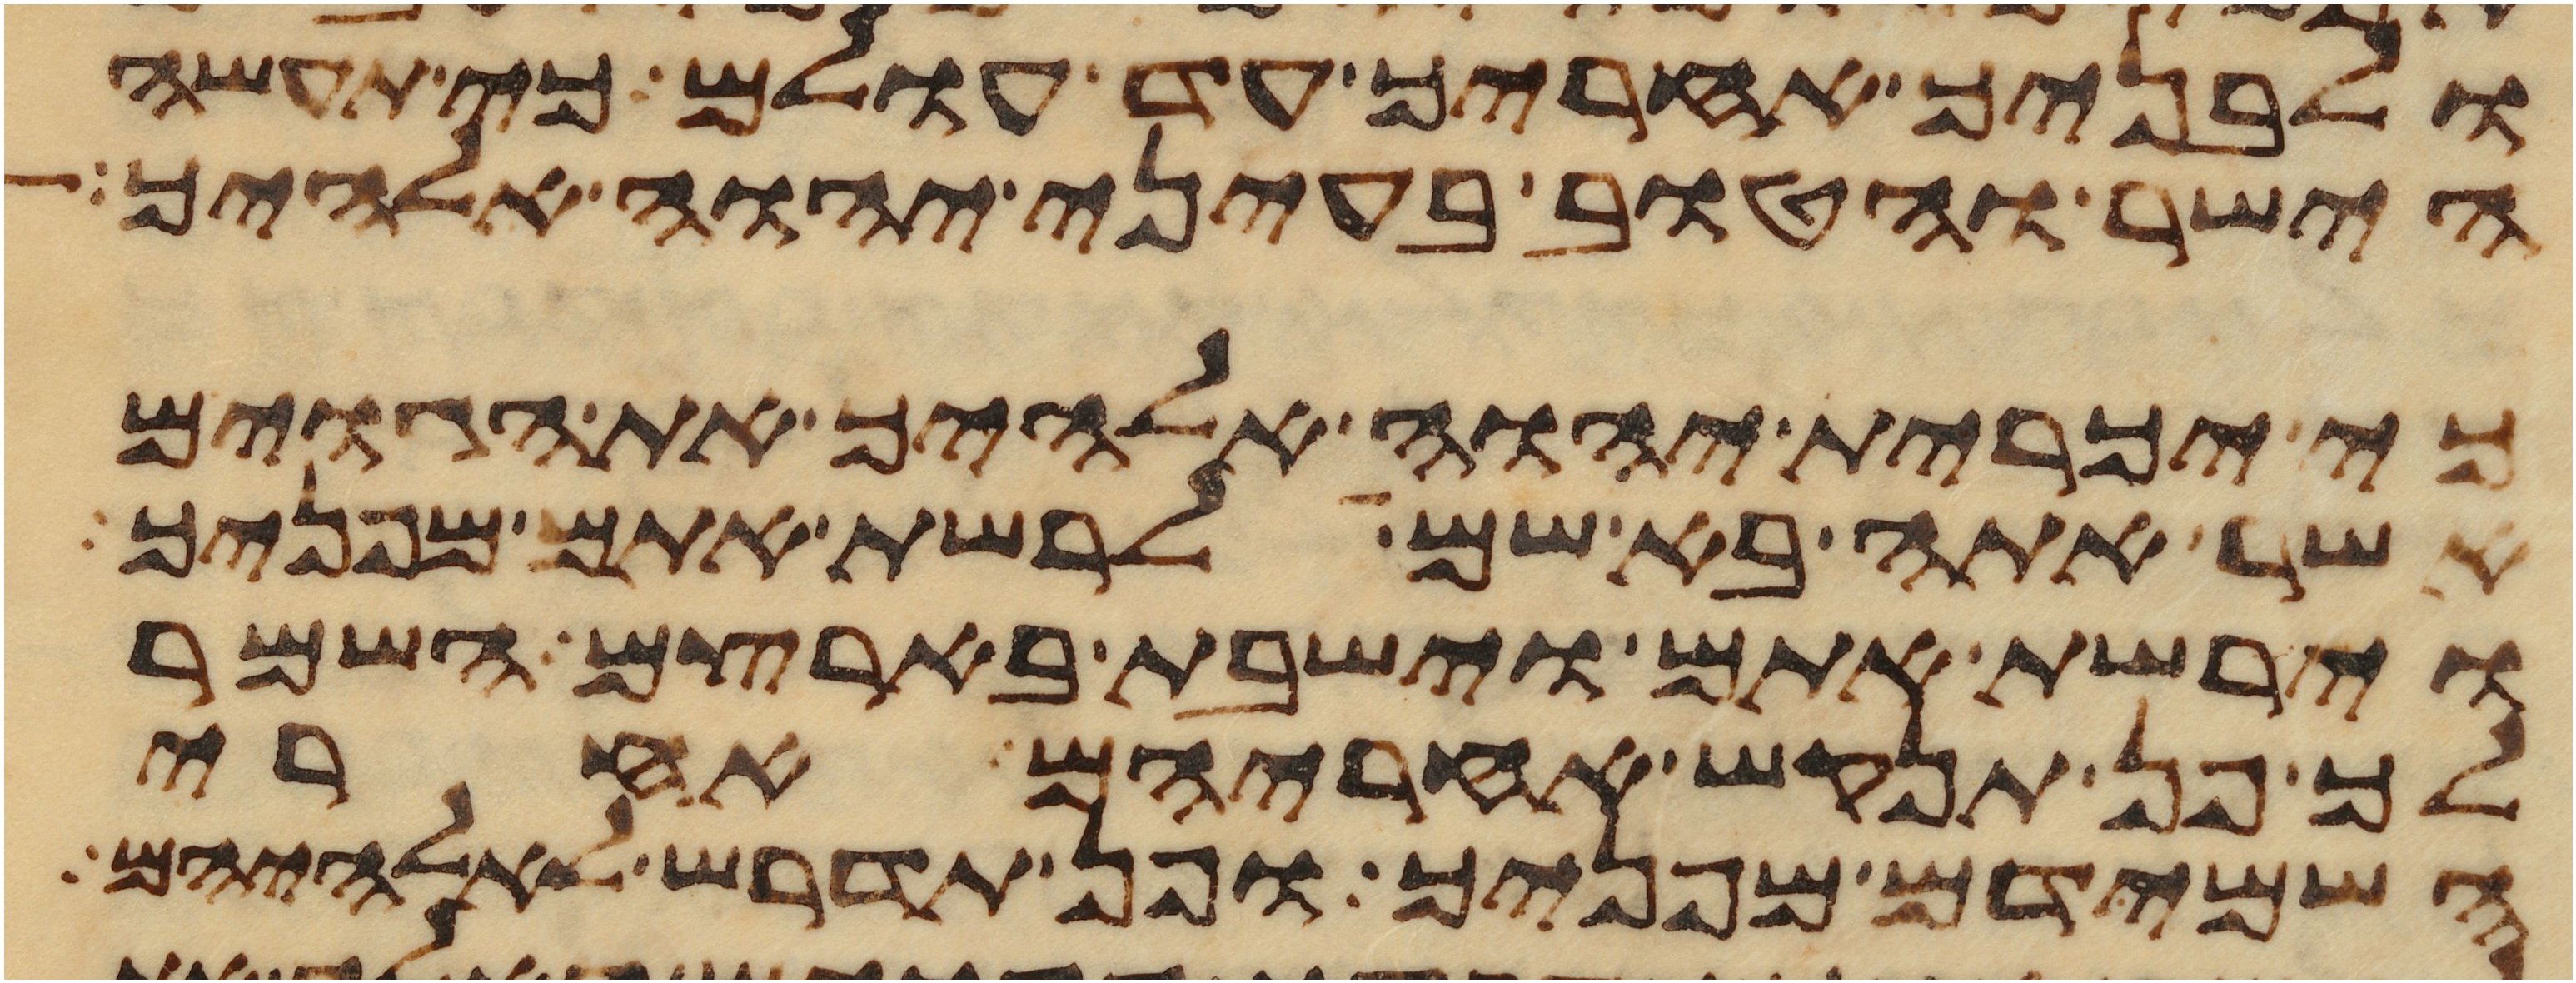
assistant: ולבניך אחריך עד עולם כי תעשה
הישר והטוב בעיני יהוה אלהיך
כי יכרית יהוה אלהיך את הגוים
אשר אתה בא שם לרשת אתם מפניך
וירשת אתם וישבת בארצם השמר
לך פן תנקש אחריהם אחרי
השמידם מפניך ופן תדרש לאלהיהם